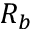
R _ { b }